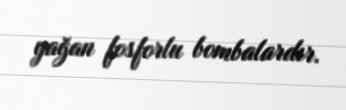
yağan fosforlu bombalardır.